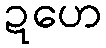
ဍဟေ